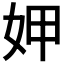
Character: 𭑱